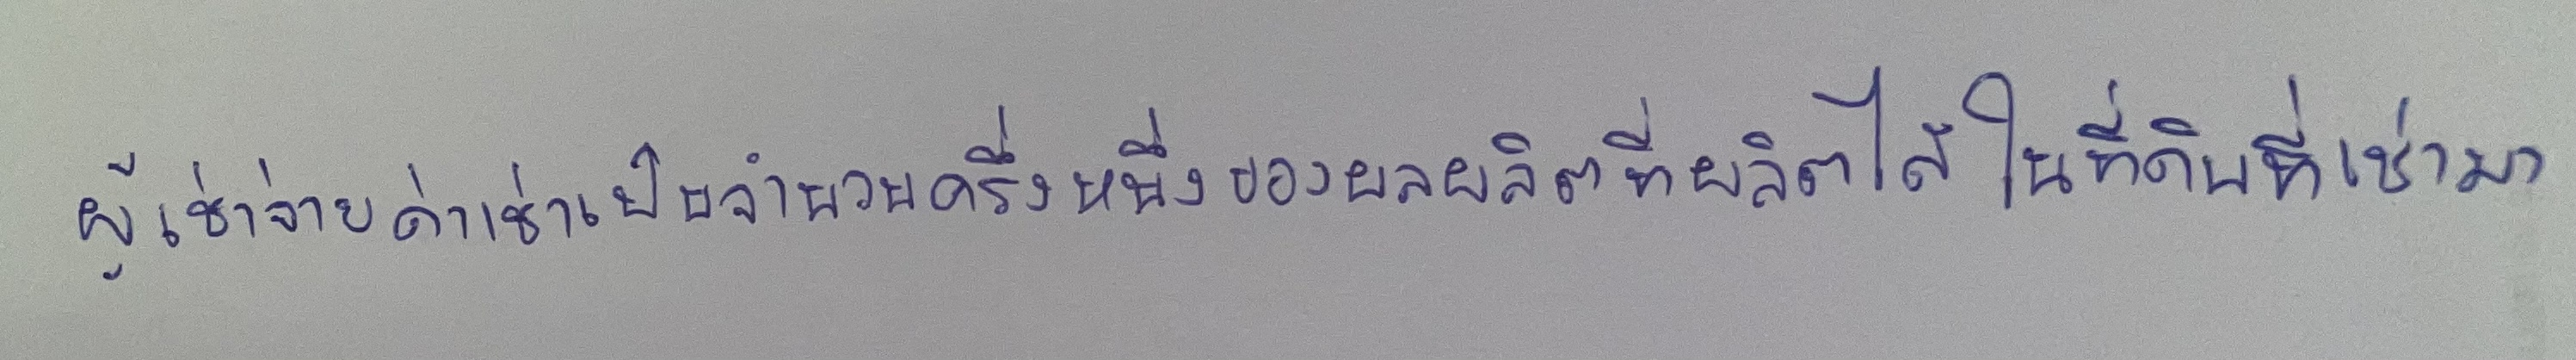
ผู้เช่าจ่ายค่าเช่าเป็นจำนวนครึ่งหนึ่งของผลผลิตที่ผลิตได้ในที่ดินที่เช่ามา